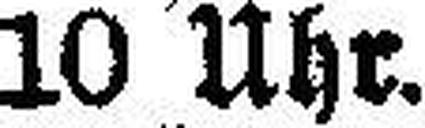
10 Uhr.